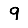
Digit: 9